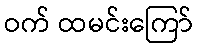
ဝက် ထမင်းကြော်